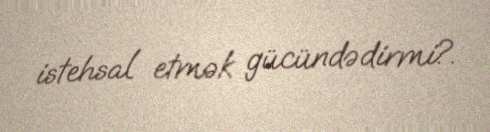
istehsal etmək gücündədirmi?.